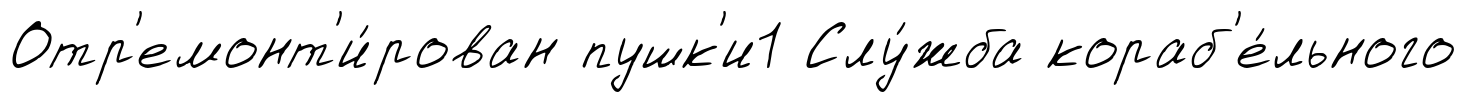
Отр'емонт'и́рован пушк'и1 Слу́жба кораб'е́льного